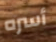
أسره